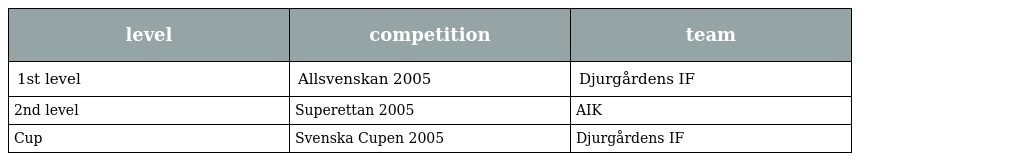
| level | competition | team |
 | --- | --- | --- |
 | 1st level | Allsvenskan 2005 | Djurgårdens IF |
 | 2nd level | Superettan 2005 | AIK |
 | Cup | Svenska Cupen 2005 | Djurgårdens IF |